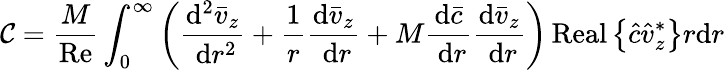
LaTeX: \mathcal{C}=\frac{{M}}{{\operatorname{Re}}}\int_{0}^{\infty}\left(\frac{{\mathrm{{d}}^{2}\bar{{v}}_{z}}}{{\mathrm{{~d}}r^{2}}}+\frac{{1}}{{r}}\frac{{\mathrm{{d}}\bar{{v}}_{z}}}{{\mathrm{{~d}}r}}+M\frac{{\mathrm{{d}}\bar{{c}}}}{{\mathrm{{~d}}r}}\frac{{\mathrm{{d}}\bar{{v}}_{z}}}{{\mathrm{{~d}}r}}\right)\operatorname{Real}\left\{ \hat{{c}}\hat{{v}}_{z}^{*}\right\} r\mathrm{{d}}r